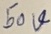
Text: 50V